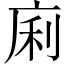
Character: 𢈱